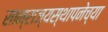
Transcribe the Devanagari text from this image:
साम्राज्यस्थापनेच्या